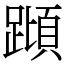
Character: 蹞